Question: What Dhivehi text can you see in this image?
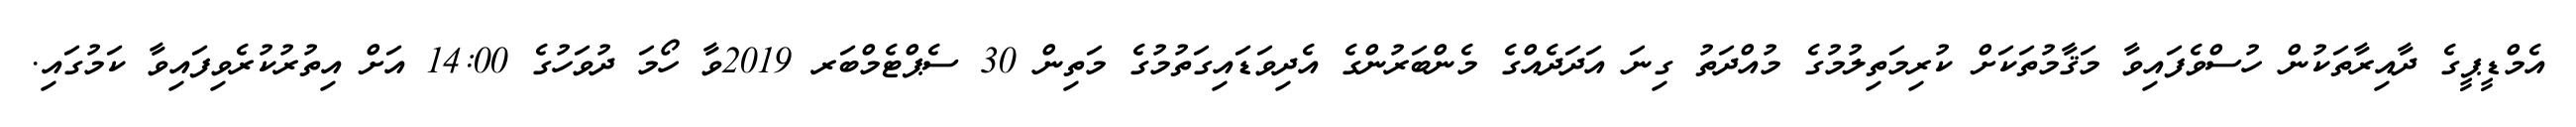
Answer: އެމްޑީޕީގެ ދާއިރާތަކުން ހުސްވެފައިވާ މަޤާމުތަކަށް ކުރިމަތިލުމުގެ މުއްދަތު ގިނަ އަދަދެއްގެ މެންބަރުންގެ އެދިވަޑައިގަތުމުގެ މަތިން 30 ސެޕްޓެމްބަރ 2019ވާ ހޯމަ ދުވަހުގެ 14:00 އަށް އިތުރުކުރެވިފައިވާ ކަމުގައި.